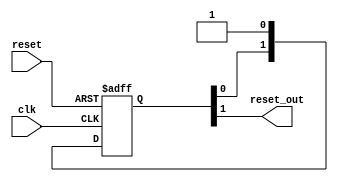
// syncr.v

// ********************************************************************/
// Actel Corporation Proprietary and Confidential
//  Copyright 2011 Actel Corporation.  All rights reserved.
//
// ANY USE OR REDISTRIBUTION IN PART OR IN WHOLE MUST BE HANDLED IN
// ACCORDANCE WITH THE ACTEL LICENSE AGREEMENT AND MUST BE APPROVED
// IN ADVANCE IN WRITING.
//
// Description: Reset synchroniser.v
//               
//
//
// Revision Information:
// Date     Description
//
// SVN Revision Information:
// SVN $Revision: 4805 $
// SVN $Date: 2012-06-21 17:48:48 +0530 (Thu, 21 Jun 2012) $
//
// Resolved SARs
// SAR      Date     Who   Description
//
// Notes:
//
// ********************************************************************/

`timescale 1ns / 100ps

module FIFO_FIFO_0_corefifo_resetSync(
                  clk,
                  reset,
                  
                  reset_out
                  );

   // --------------------------------------------------------------------------
   // PARAMETER Declaration
   // --------------------------------------------------------------------------
 parameter NUM_STAGES = 2;
 

input clk;
input reset;
output  reset_out;
reg  [NUM_STAGES-1:0] shift_reg ;

always @( posedge clk or negedge reset) begin
if (!reset)
  shift_reg <= 'h0;
else
  shift_reg <= {shift_reg[NUM_STAGES-2:0], 1'b1};
end
  

assign reset_out = shift_reg[NUM_STAGES-1];



 endmodule
   
   // --------------------------------------------------------------------------
   //                             End - of - Code
   // --------------------------------------------------------------------------